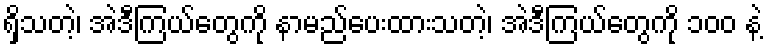
ရှိသတဲ့၊ အဲဒီကြယ်တွေကို နာမည်ပေးထားသတဲ့၊ အဲဒီကြယ်တွေကို ၁၀၀ နဲ့